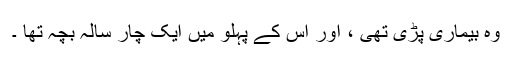
وہ بیماری پڑی تھی ، اور اس کے پہلو میں ایک چار سالہ بچہ تھا ۔